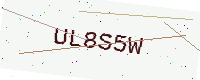
Text: UL8S5W